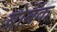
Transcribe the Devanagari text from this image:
ब्रोबॅक